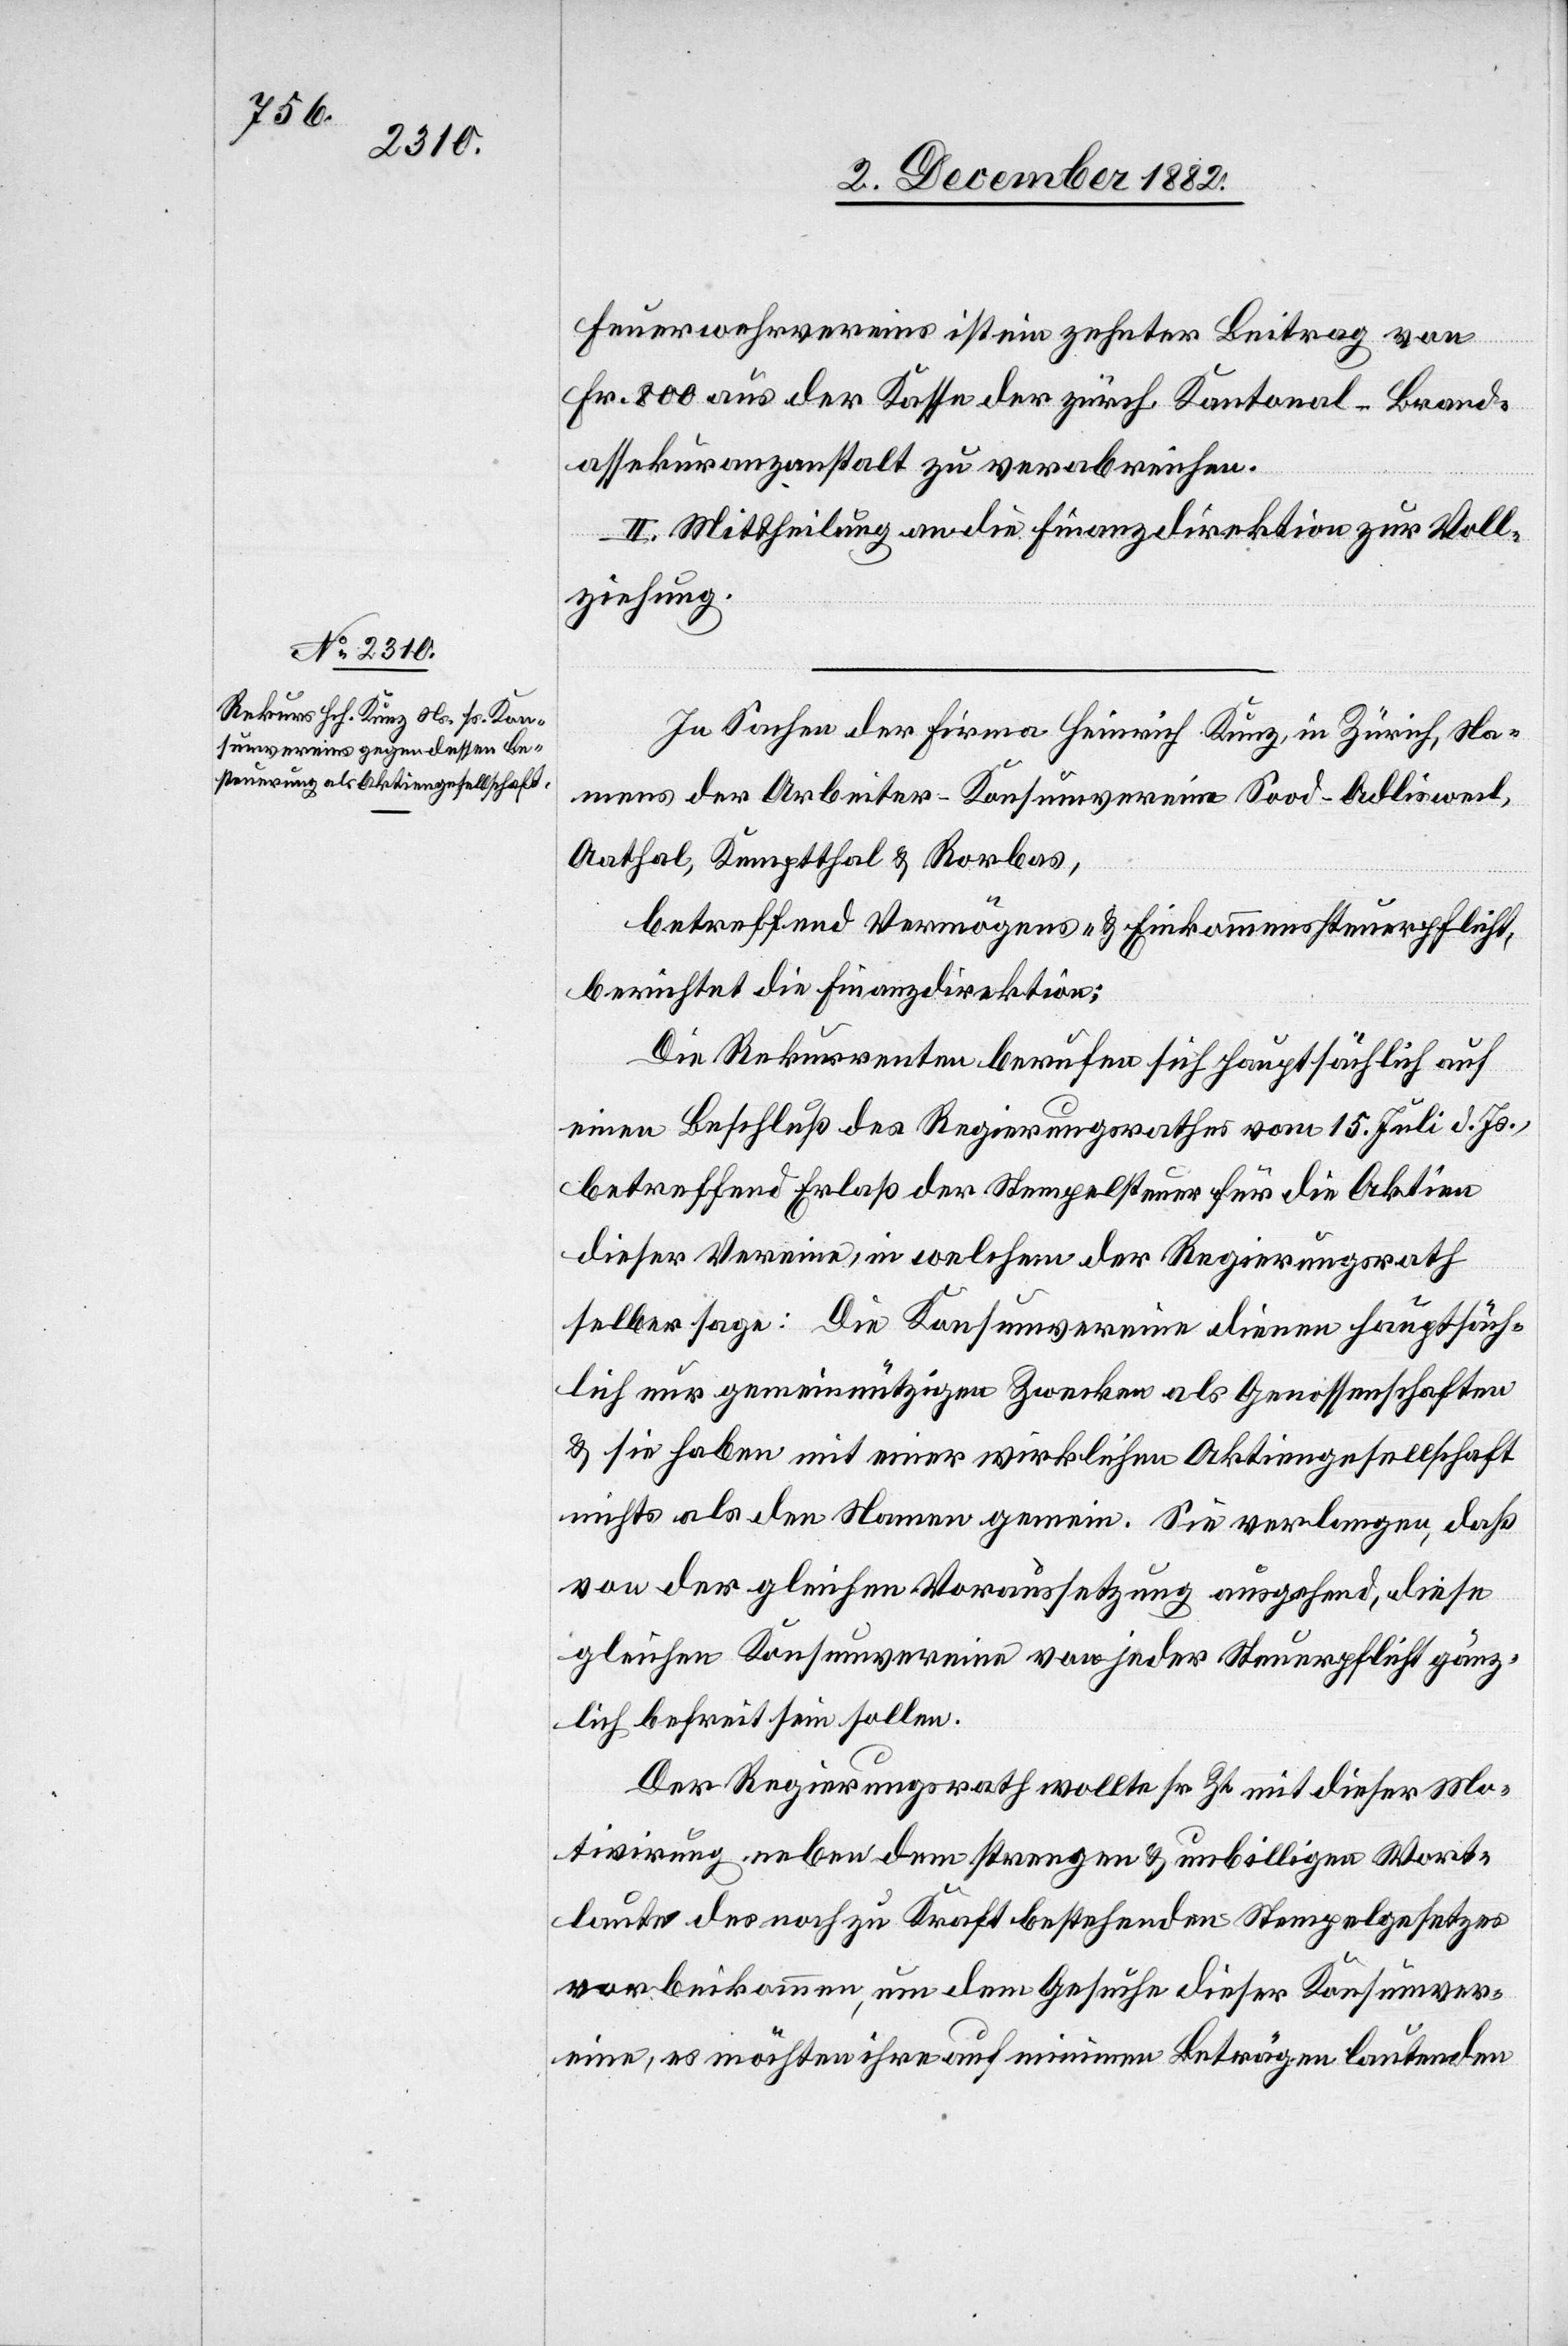
Feuerwehrvereins ist ein zehnter Beitrag von
Fr. 800 aus der Kasse der zürch. Kantonal-Brand¬
assekuranzanstalt zu verabreichen.
II. Mittheilung an die Finanzdirektion zur Voll¬
ziehung.
In Sachen der Firma Heinrich Kunz, in Zürich, Na¬
mens der Arbeiter-Konsumvereine Sood - Adlisweil,
Aathal, Kemptthal & Rorbas,
betreffend Vermögens- & Einkommenssteuerpflicht,
berichtet die Finanzdirektion:
Die Rekurrenten berufen sich hauptsächlich auf
einen Beschluß des Regierungsrathes vom 15. Juli d. Js.,
betreffend Erlaß der Stempelsteuer für die Aktien
dieser Vereine, in welchem der Regierungsrath
selbst sage: Die Konsumvereine dienen hauptsäch¬
lich nur gemeinnützigen Zwecken als Genossenschaften
& sie haben mit einer wirklichen Aktiengesellschaft
nichts als den Namen gemein. Sie verlangen, daß
von der gleichen Voraussetzung ausgehend, diese
gleichen Konsumvereine von jeder Steuerpflicht gänz¬
lich befreit sein sollen.
Der Regierungsrath wollte sr. Zt. mit dieser Mo¬
tivirung neben dem strengen & unbilligen Wort¬
laute des noch zu Kraft bestehenden Stempelgesetzes
vorbeikommen, um dem Gesuche dieser Konsumver¬
eine, es möchten ihre auf minimen Beträgen lautenden